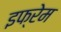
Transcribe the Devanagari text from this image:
इफ्रेम